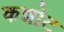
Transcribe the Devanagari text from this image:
कन्नोट